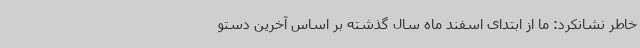
خاطر نشانکرد: ما از ابتدای اسفند ماه سال گذشته بر اساس آخرین دستو